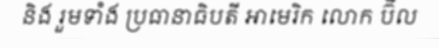
និង រួមទាំង ប្រធានាធិបតី អាមេរិក លោក ប៊ីល